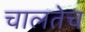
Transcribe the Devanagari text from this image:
चालतेच